Civil Veterinary Department. Madras. Admin. report 1910-25 - 1910-1925
Year: 1910
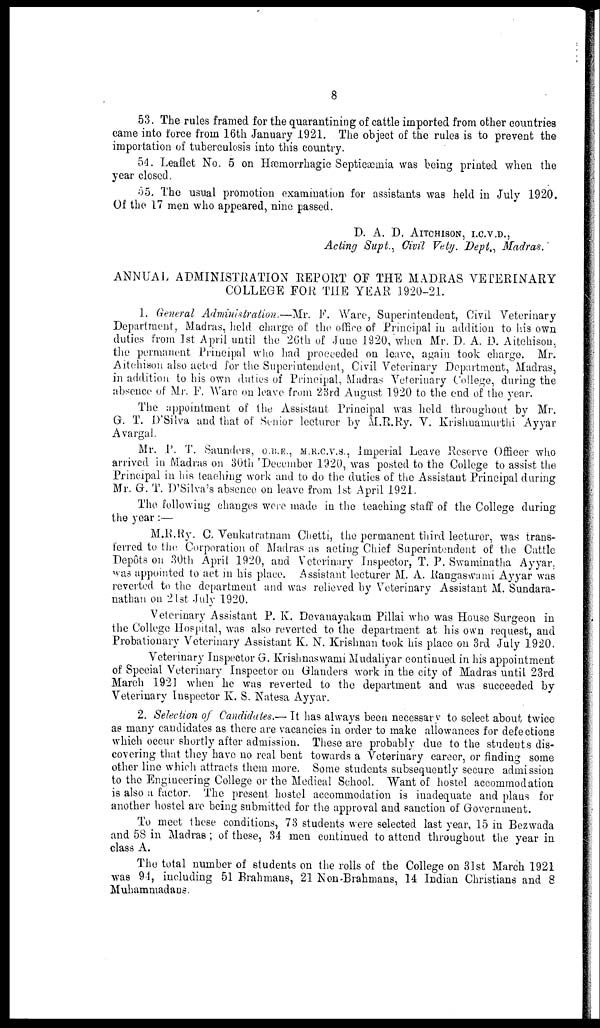
8
53. The rules framed for the quarantining of cattle imported from other countries
came into force from 16th January 1921. The object of the rules is to prevent the
importation of tuberculosis into this country.
54. Leaflet No. 5 on Hæmorrhagic Septicæmia was being printed when the
year closed.
55. The usual promotion examination for assistants was held in July 1920.
Of the 17 men who appeared, nine passed.
D. A. D. AITCHISON, I.C.V.D.,
Acting Supt., Civil Vety. Dept., Madras.
ANNUAL ADMINISTRATION REPORT OF THE MADRAS VETERINARY
COLLEGE FOR THE YEAR 1920-21.
1. General Administration.—Mr. F. Ware, Superintendent, Civil Veterinary
Department, Madras, held charge of the office of Principal in addition to his own
duties from 1st April until the 26th of June 1920, when Mr. D. A. D. Aitchison,
the permanent Principal who had proceeded on leave, again took charge. Mr.
Aitchison also acted for the Superintendent, Civil Veterinary Department, Madras,
in addition to his own duties of Principal, Madras Veterinary College, during the
absence of Mr. F. Ware on leave from 23rd August 1920 to the end of the year.
The appointment of the Assistant Principal was held throughout by Mr.
G. T. D'Silva and that of Senior lecturer by M.R.Ry. V. Krislmamurthi Ayyar
Avargal.
Mr. P. T. Saunders, O.B.E., M.R.C.V.S., Imperial Leave Reserve Officer who
arrived in Madras on 30th 'December 1920, was posted to the College to assist the
Principal in his teaching work and to do the duties of the Assistant Principal during
Mr. G. T. D'Silva's absence on leave from 1st April 1921.
The following changes were made in the teaching staff of the College during
the year:—
M.R.Ry. C. Venkatratnam Chetti, the permanent third lecturer, was trans-
ferred to the Corporation of Madras as acting Chief Superintendent of the Cattle
Depots on 30th April 1920, and Veterinary Inspector, T. P. Swaminatha Ayyar.
was appointed to act in his place. Assistant lecturer M. A. Rangaswami Ayyar was
reverted to the department and was relieved by Veterinary Assistant M. Sundara-
nathan on 21st July 1920.
Veterinary Assistant P. K. Devanayakam Pillai who was House Surgeon in
the College Hospital, was also reverted to the department at his own request, and
Probationary Veterinary Assistant K. N. Krishnan took his place on 3rd July 1920.
Veterinary Inspector G. Krishnaswami Mudaliyar continued in his appointment
of Special Veterinary Inspector on Glanders work in the city of Madras until 23rd
March 1921 when he was reverted to the department and was succeeded by
Veterinary Inspector K. S. Natesa Ayyar.
2. Selection of Candidates.— It has always been necessary to select about twice
as many candidates as there are vacancies in order to make allowances for defections
which occur shortly after admission. These are probably due to the students dis-
covering that they have no real bent towards a Veterinary career, or finding some
other line which attracts them more. Some students subsequently secure admission
to the Engineering College or the Medical School. Want of hostel accommodation
is also a factor. The present hostel accommodation is inadequate and plans for
another hostel are being submitted for the approval and sanction of Government.
To meet these conditions, 73 students were selected last year, 15 in Bezwada
and 5S in Madras; of these, 34 men continued to attend throughout the year in
class A.
The total number of students on the rolls of the College on 31st March 1921
was 94, including 51 Brahmans, 21 Non-Brahmans, 14 Indian Christians and 8
Muhammadans.